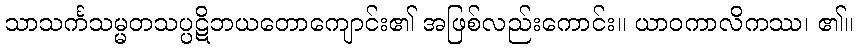
သာသင်္ကသမ္မတသပ္ပဋိဘယတောကျောင်း၏ အဖြစ်လည်းကောင်း။ ယာဝကာလိကဿ၊ ၏။